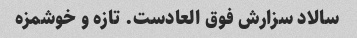
سالاد سزارش فوق العادست. تازه و خوشمزه